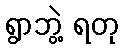
ရွာဘွဲ့ ရတု